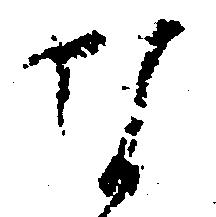
な